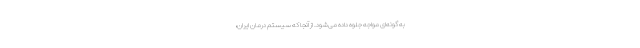
به گونه‌ای مواجه جلوه داده می‌شود. از آنجا که سیستم درمان ایران،